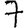
Digit: 7